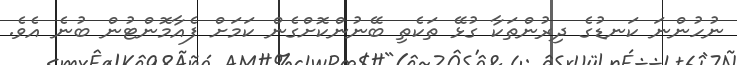
ނުހުންނަ ކަނޑުގެ ދިރުންތަކާ ގުޅޭ ތަކެތި ބޭނުންކޮށްގެން ކަމަށް ފެއާމޮންޓުން ބުނެ އެވެ.